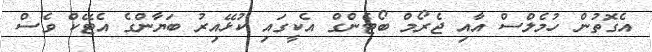
އެގޮތުން ހުމެލްސް އާއި ޖެރޯމް ބޯޓެންގް އެކީގައި ކުޅޭއިރު ބަޔާންގެ އެޓޭކް ވެސް